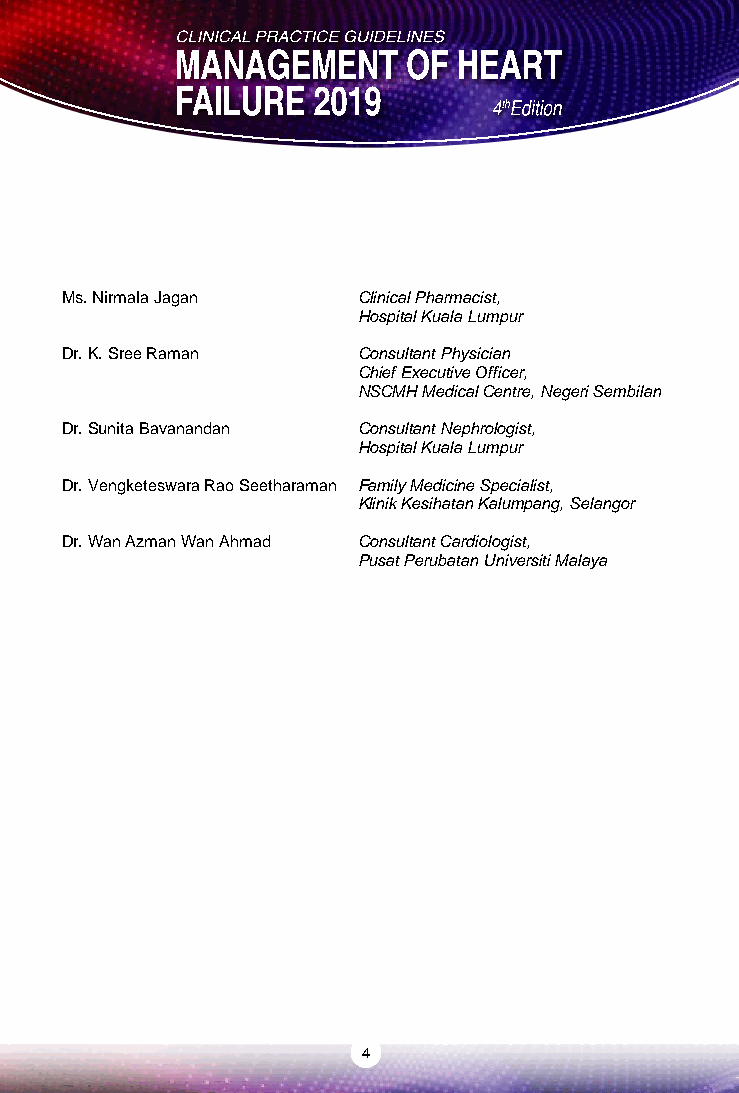
CHAIRPERSON:
 Dr. Jeyamalar Rajadurai Consultant Cardiologist, Ms. Nirmala Jagan Clinical Pharmacist,
 Subang Jaya Medical Centre Hospital Kuala Lumpur
 Dr. K. Sree Raman   Consultant Physician
 MEMBERS (in alphabetical order) Chief Executive Officer,
 NSCMH Medical Centre, Negeri Sembilan
 Dr. Azmee Mohd Ghazi Consultant Cardiologist,
 Institut Jantung Negara Dr. Sunita Bavanandan Consultant Nephrologist,
 Hospital Kuala Lumpur
 Dr. Cham Yee Ling Consultant Cardiologist,
 Sarawak Heart Centre Dr. Vengketeswara Rao Seetharaman Family Medicine Specialist,
 Klinik Kesihatan Kalumpang, Selangor
 Dr. David Chew Soon Ping Consultant Cardiologist,
 Cardiac Vascular Sentral, Kuala Lumpur Dr. Wan Azman Wan Ahmad Consultant Cardiologist,
 Pusat Perubatan Universiti Malaya
 Dr. Effarezan Abdul Rahman Consultant Cardiologist,
 KPJ Damansara Specialist Hospital
 Dr. Haifa Abdul Latiff Consultant Paediatric Cardiologist,
 Institut Jantung Negara
 Dr. Izwan Effendy Ismail Family Medicine Specialist,
 Klinik Kesihatan Puchong
 Dr. Liew Houng Bang Consultant Cardiologist,
 Hospital Queen Elizabeth II
 Dr. Ma Soot Keng Consultant Cardiologist and Electrophysiologist,
 Loh Guan Lye Specialist Centre
 Dr. Mohd Nizam Mat Bah Consultant Paediatric Cardiologist,
 Hospital Sultanah Aminah
 Dr. Mohd Rahal Yusoff Consultant Cardiologist & Specialist in Internal Medicine,
 Columbia Asia Hospital Klang
 4